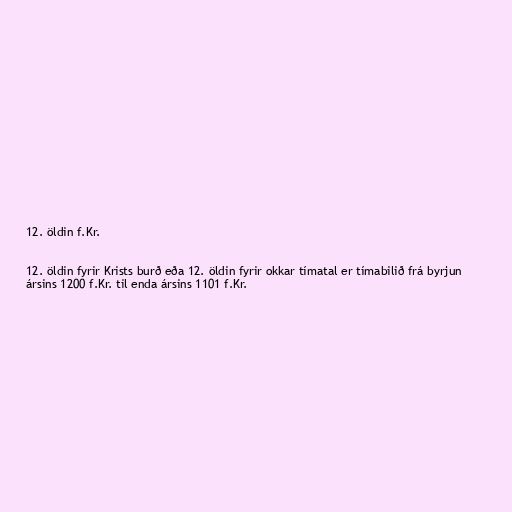
12. öldin f.Kr.

12. öldin fyrir Krists burð eða 12. öldin fyrir okkar tímatal er tímabilið frá byrjun
ársins 1200 f.Kr. til enda ársins 1101 f.Kr.